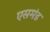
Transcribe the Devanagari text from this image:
एसमंड